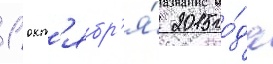
1 окт'ябр'я́ 2015 го́да